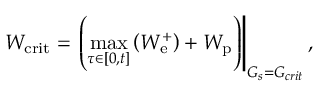
W _ { \mathrm { c r i t } } = \left. \left( \operatorname* { m a x } _ { \tau \in \left[ 0 , t \right] } \left( W _ { \mathrm { e } } ^ { + } \right) + W _ { \mathrm { p } } \right) \right| _ { G _ { s } = G _ { c r i t } } ,